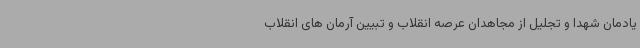
یادمان شهدا و تجلیل از مجاهدان عرصه انقلاب و تبیین آرمان های انقلاب